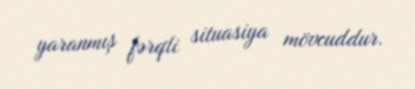
yaranmış fərqli situasiya mövcuddur.